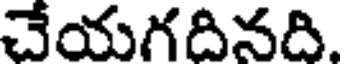
చేయగదినది.